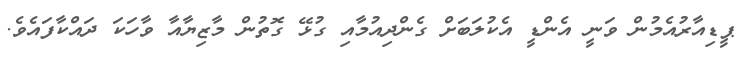
ޕީޑިއާރުއެމުން ވަނީ އެންޑީ އެކުލަބަށް ގެންދިއުމާއި ގުޅޭ ގޮތުން މާޒިޔާއާ ވާހަކަ ދައްކާފައެވެ.